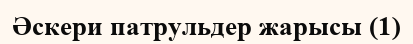
Әскери патрульдер жарысы (1)